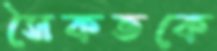
সৈকতকে